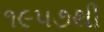
૧૯૫૭થી